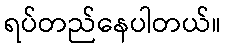
ရပ်တည်နေပါတယ်။